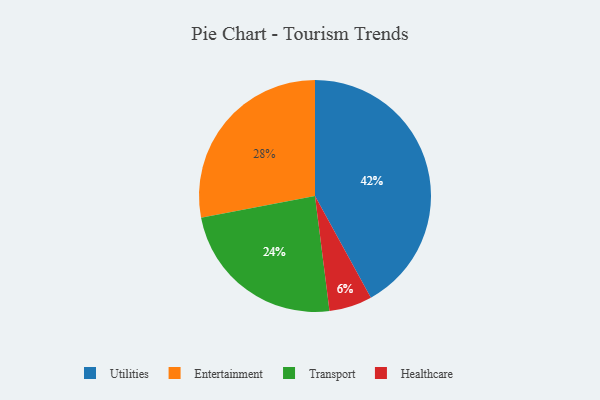
{"axis": {"x": "Category", "y": "Percentage"}, "legend": ["Entertainment", "Healthcare", "Transport", "Utilities"], "data": [{"x": "Utilities", "y": 42, "type": "Utilities"}, {"x": "Healthcare", "y": 6, "type": "Healthcare"}, {"x": "Transport", "y": 24, "type": "Transport"}, {"x": "Entertainment", "y": 28, "type": "Entertainment"}]}